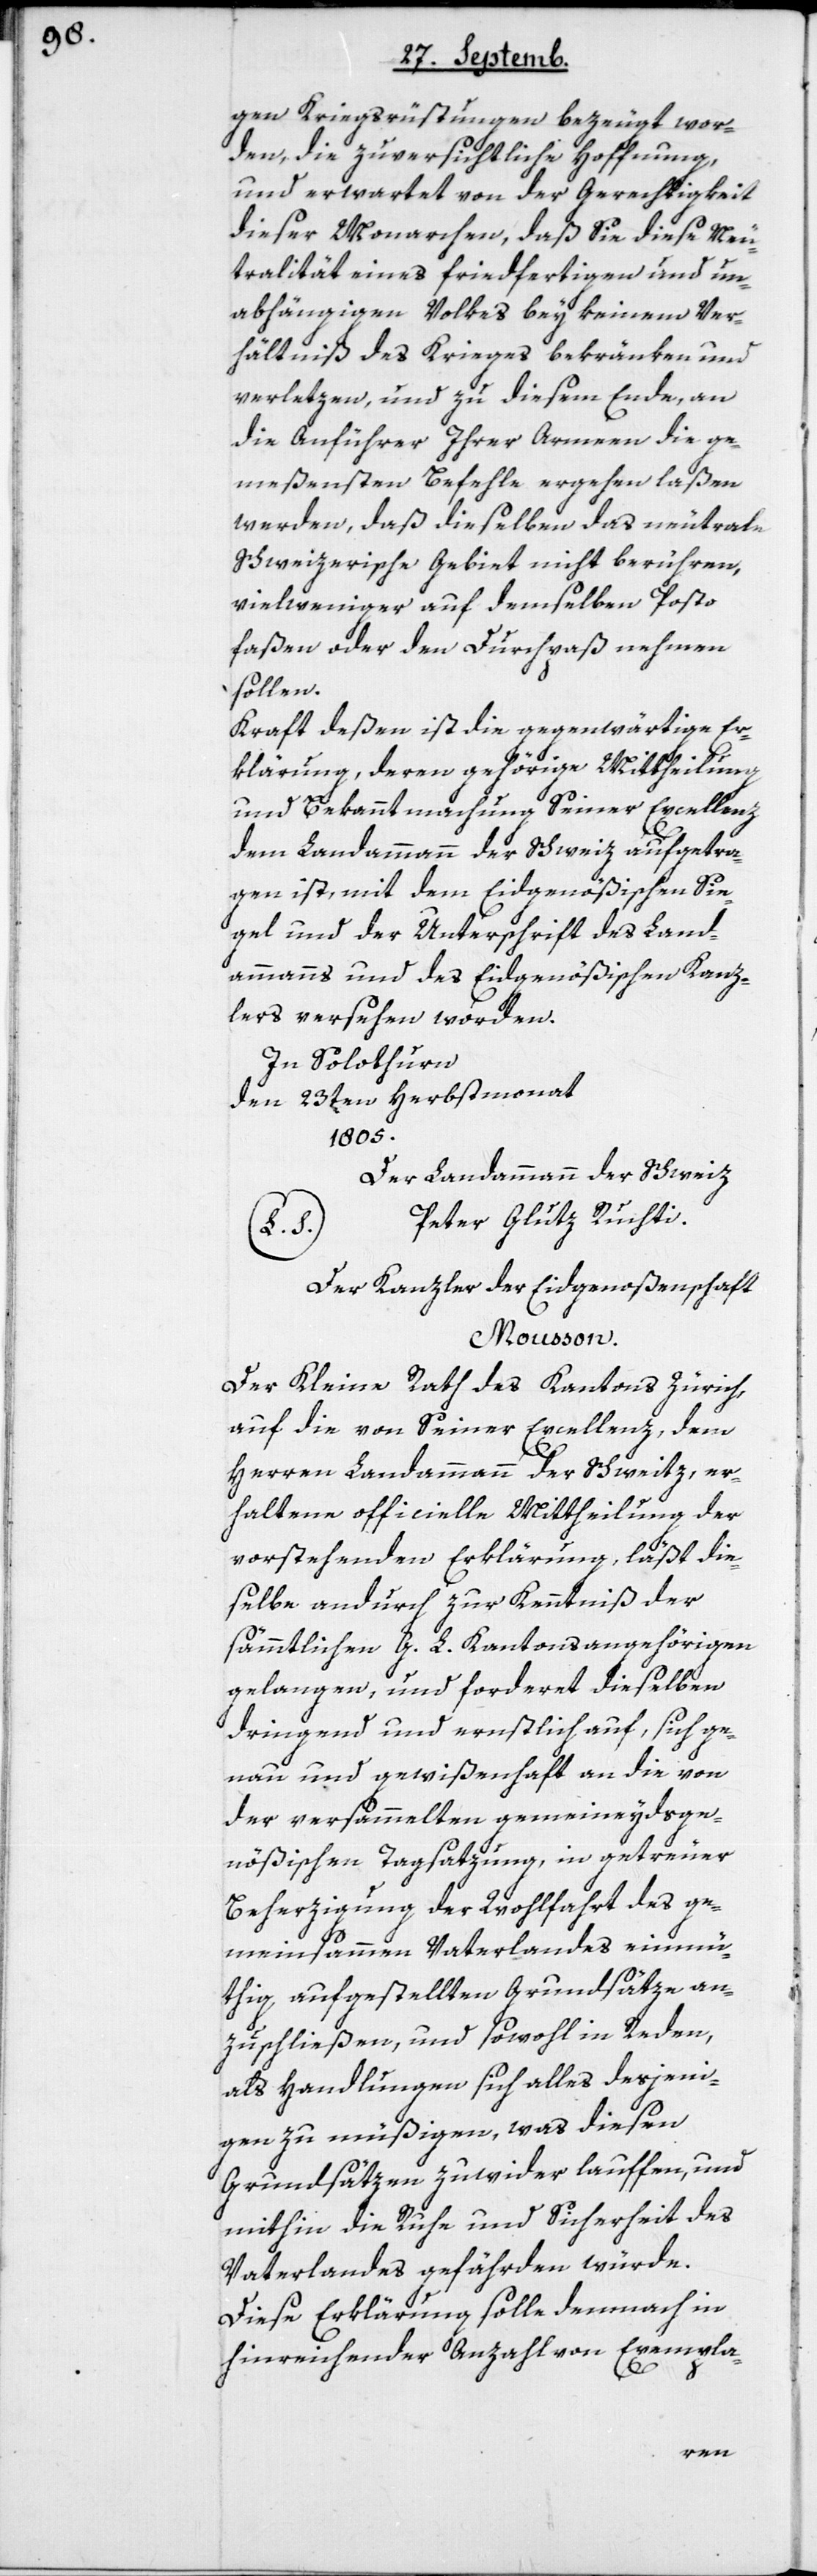
gen Kriegsrüstungen bezeugt wor¬
den, die zuversichtliche Hoffnung,
und erwartet von der Gerechtigkeit
dieser Monarchen, daß Sie diese Neu¬
tralität eines friedfertigen und un¬
abhängigen Volkes bey keinem Ver¬
hältniß des Krieges beschränken und
verletzen, und zu diesem Ende, an
die Anführer Ihrer Armeen die ge¬
meßensten Befehle ergehen laßen
werden, daß dieselben das neutrale
Schweizerische Gebiet nicht berühren,
vielweniger auf demselben Posto
faßen oder den Durchpaß nehmen
sollen.
Kraft deßen ist die gegenwärtige Er¬
klärung, deren gehörige Mittheilung
und Bekanntmachung Seiner Excellenz
dem Landammann der Schweiz aufgetra¬
gen ist, mit dem Eidgenößischen Sie¬
gel und der Unterschrift des Land¬
ammanns und des Eidgenößischen Kanz¬
lers versehen worden.
In Solothurn
den 23sten Herbstmonat
1805.
Der Landammann der Schweiz
Peter Glutz Ruchti.
Der Kanzler der Eidgenoßenschaft:
Moußon.
Der Kleine Rath des Kantons Zürich
auf die von Seiner Excellenz, dem
Herren Landammann der Schweitz, er¬
haltene officielle Mittheilung der
vorstehenden Erklärung, läßt die¬
selbe andurch zur Kenntniß der
sämmtlichen G. L. Kantonsangehörigen
gelangen, und forderet dieselben
dringend und ernstlich auf, sich ge¬
nau und gewißenhaft an die von
der versammelten gemeineydsge¬
nößischen Tagsatzung, in getreuer
Beherzigung der Wohlfahrt des ge¬
meinsammen Vaterlandes einmü¬
thig aufgestellten Grundsätze an¬
zuschließen, und sowohl in Reden,
als Handlungen sich alles desjeni¬
gen zu müßigen, was diesen
Grundsätzen zuwider lauffen, und
mithin die Ruhe und Sicherheit des
Vaterlandes gefährden würde.
Diese Erklärung solle demnach in
hinreichender Anzahl von Exempla-